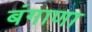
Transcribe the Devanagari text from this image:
बंगाणा